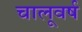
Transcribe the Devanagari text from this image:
चालूवर्ष